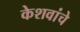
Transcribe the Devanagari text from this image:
केशवांचे